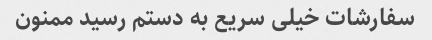
سفارشات خیلی سریع به دستم رسید ممنون